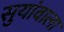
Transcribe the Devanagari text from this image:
सुयांवाला